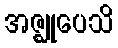
အဇ္ဈုပေသိ